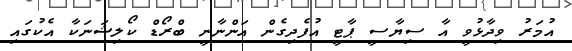
އުމަރު ވިދާޅުވީ އާ ސިޔާސީ ޕާޓީ އުފެދިގެން އަންނާނީ ބްރޯޑް ކޯލިޝަނަކާ އެކުގައި